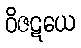
ဝိဇဋယေ